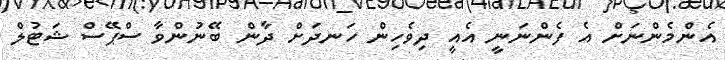
އެންމެންނަށް އެ ފެންނަނީ އެއީ ދިވެހިން ހަނދަށް ދާން ބޭނުންވާ ސްޕޭސް ޝަޓުލް